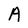
Character: A